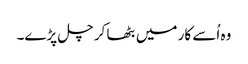
وہ اُسے کار میں بٹھا کر چل پڑے۔